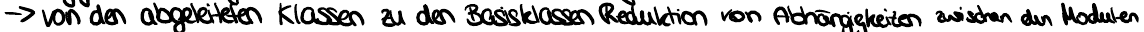
-> von den abgeleiteten Klassen zu den Basisklassen Reduktion von Abhängigkeiten zwischen den Modulen